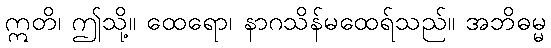
ဣတိ၊ ဤသို့။ ထေရော၊ နာဂသိန်မထေရ်သည်။ အဘိဓမ္မ